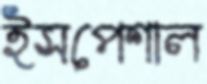
ইসপেশাল